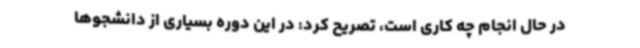
در حال انجام چه کاری است، تصریح کرد: در این دوره بسیاری از دانشجوها